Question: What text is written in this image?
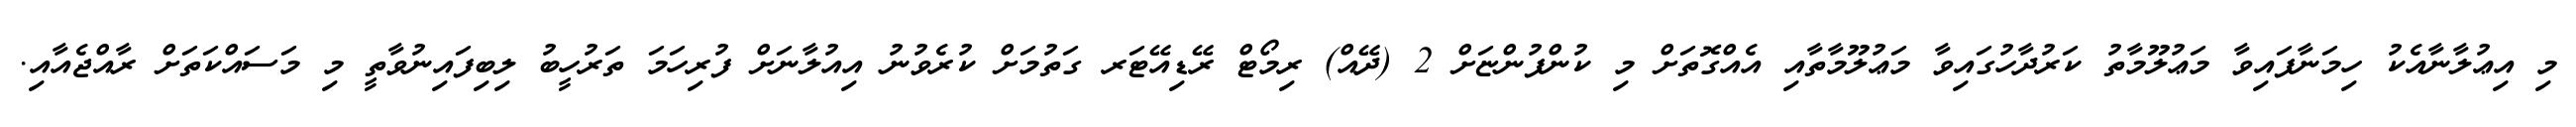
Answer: މި އިޢުލާނާއެކު ހިމަނާފައިވާ މަޢުލޫމާތު ކަރުދާހުގައިވާ މަޢުލޫމާތާއި އެއްގޮތަށް މި ކުންފުންޏަށް 2 (ދޭއް) ރިމޯޓް ރޭޑިއޭޓަރ ގަތުމަށް ކުރެވުނު އިއުލާނަށް ފުރިހަމަ ތަރުހީބު ލިބިފައިނުވާތީ މި މަސައްކަތަށް ރާއްޖެއާއި.